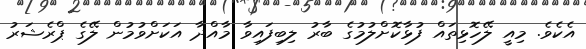
އެކެވެ. މިއީ ލޭހޮޅިތައް ފުޅާކޮށްލުމުގެ ބާރު ލިބިފައިވާ މާއްދާ އަކަށްވުމުން ލޭގެ ޕްރެޝަރު